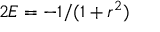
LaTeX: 2 E = - 1 / ( 1 + r ^ { 2 } )